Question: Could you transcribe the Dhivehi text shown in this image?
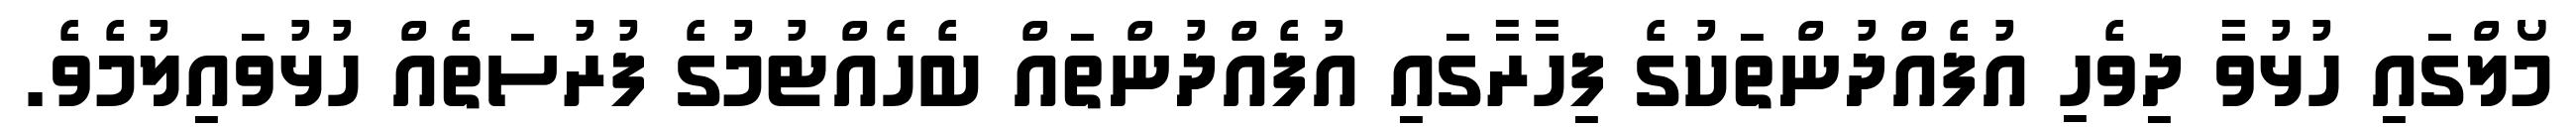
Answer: މޯލްގައި ހުޅުވާ ދިވެހި އުފެއްދުންތަކުގެ ފިހާރާގައި އުފެއްދުންތައް ބެހެއްޓުމުގެ ފުރުސަތެއް ހުޅުވައިލުމެވެ.